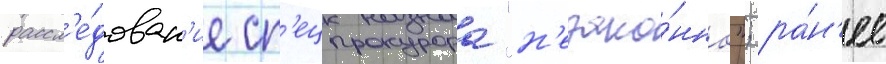
рассл'е́дован'ие сп'ецпрокурора "н'езако́нно"; ра́н'ее